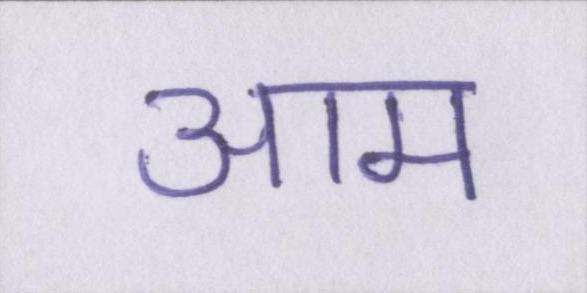
आम